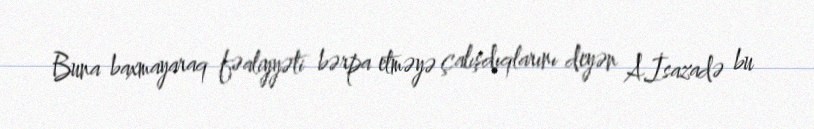
Buna baxmayaraq fəaliyyəti bərpa etməyə çalışdıqlarını deyən A.İsazadə bu